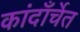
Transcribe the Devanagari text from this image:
कांदाँर्चेत